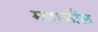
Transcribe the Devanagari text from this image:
महाकौल